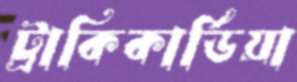
ট্রাকিকার্ডিয়া